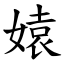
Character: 媴